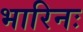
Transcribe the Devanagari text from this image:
भारिनः